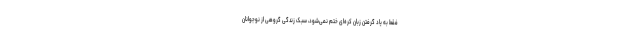
فقط به یاد گرفتن زبان کره‌ای ختم نمی‌شود، سبک زندگی گروهی از نوجوانان